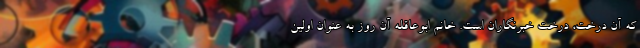
که آن درخت، درخت خبرنگاران است. خانم ابوعاقله آن روز به عنوان اولین